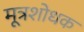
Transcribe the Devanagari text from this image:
मूत्रशोधक